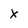
Character: X